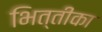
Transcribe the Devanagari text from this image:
भित्तीका